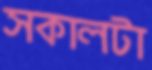
সকালটা